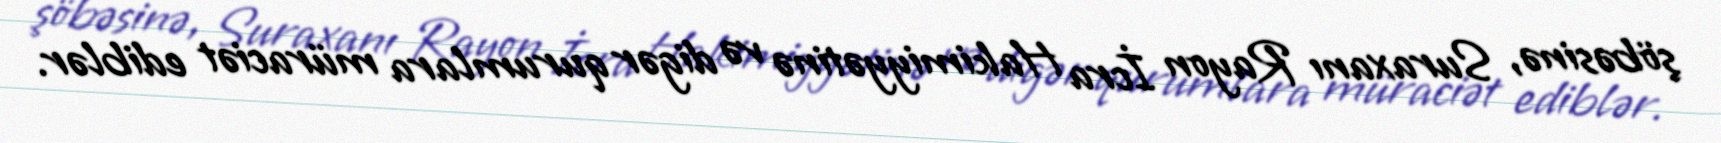
şöbəsinə, Suraxanı Rayon İcra Hakimiyyətinə və digər qurumlara müraciət ediblər.